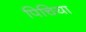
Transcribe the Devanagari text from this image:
पिचिया